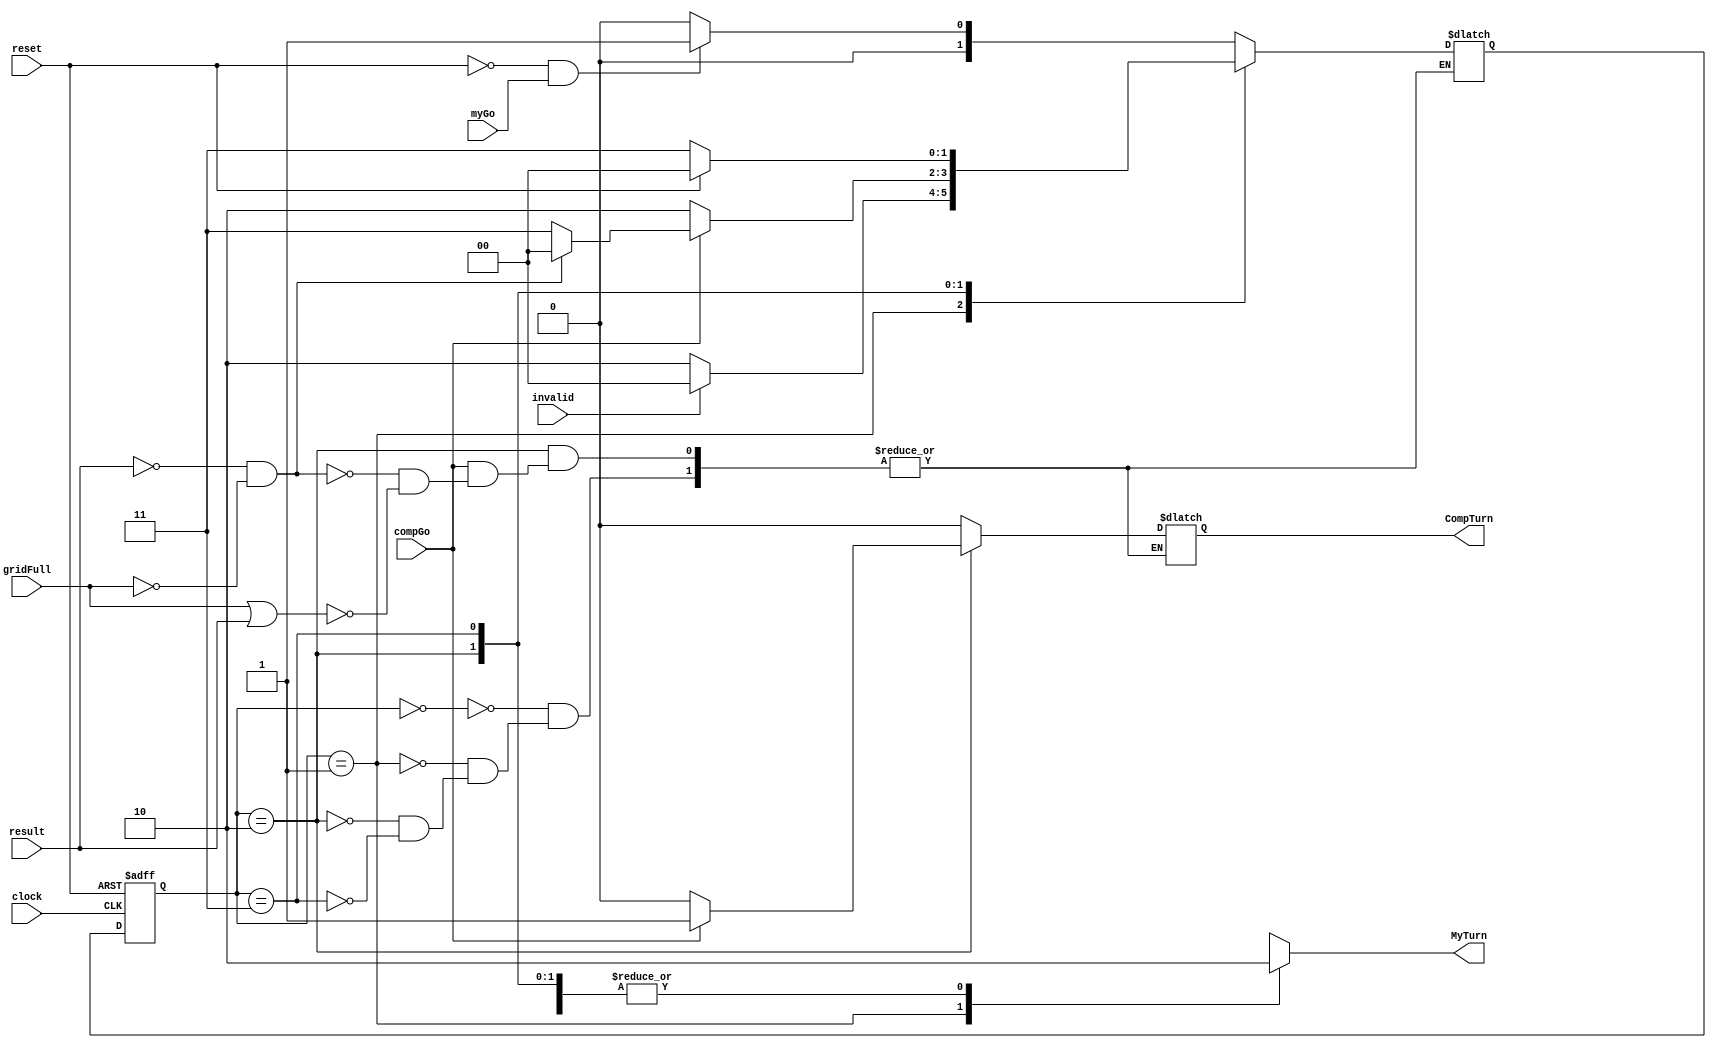
module StateMachine_(
     input clock,
     input reset, 
     myGo,  
     compGo,
     invalid,
     gridFull, 
     result, 
     output reg CompTurn, 
     MyTurn 
     );

parameter INTERMEDIATE=2'b00;
parameter PLAYER=2'b01;
parameter COMPUTER=2'b10;
parameter END_GAME=2'b11;
reg[1:0] current_state, next_state;

always @(posedge clock or posedge reset) 
begin 
 if(reset)
  current_state <= INTERMEDIATE;
 else 
  current_state <= next_state;
end 

always @(*)
 begin
 case(current_state)
 INTERMEDIATE: begin 
  if(reset==1'b0 && myGo == 1'b1)
   next_state <= PLAYER;  
  else 
   next_state <= INTERMEDIATE;
  MyTurn <= 1'b0;
  CompTurn <= 1'b0;
 end 
 PLAYER:begin 
  MyTurn <= 1'b1;
  CompTurn <= 1'b0;
  if(invalid==1'b0)
   next_state <= COMPUTER; 
  else 
   next_state <= INTERMEDIATE;
 end 
 COMPUTER:begin 
  MyTurn <= 1'b0;
  if(compGo==1'b0) begin 
   next_state <= COMPUTER;
   CompTurn <= 1'b0;
  end
  else if(result==1'b0 && gridFull == 1'b0)
  begin 
   next_state <= INTERMEDIATE;
   CompTurn <= 1'b1;
  end 
  else if(gridFull == 1 || result ==1'b1)
  begin 
   next_state <= END_GAME;
   CompTurn <= 1'b1;
  end  
 end 
 END_GAME:begin 
  MyTurn <= 1'b0;
  CompTurn <= 1'b0; 
  if(reset==1'b1) 
   next_state <= INTERMEDIATE;
  else 
   next_state <= END_GAME;  
 end 
 default: next_state <= INTERMEDIATE; 
 endcase
 end
endmodule